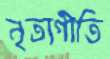
নৃত্যগীতি